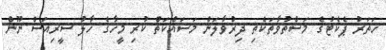
ހަތަރު ޕެކެޓުގެ މަސްތުވާތަކެތި ދިރުވާލަން މަސައްކަތް ކުރި މީހާގެ ހާލު ސީރިއަސް ނޫން